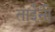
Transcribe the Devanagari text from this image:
ताईंनी